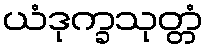
ယံဒုက္ခသုတ္တံ